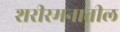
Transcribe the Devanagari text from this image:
शरीरमनातील